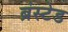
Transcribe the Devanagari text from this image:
ब्रंस्टेड